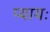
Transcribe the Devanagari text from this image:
प्यायः